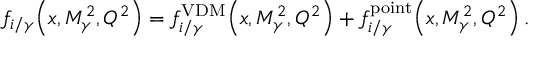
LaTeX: f _ { i / \gamma } \! \left( x , M _ { \gamma } ^ { 2 } , Q ^ { 2 } \right) = f _ { i / \gamma } ^ { \mathrm { V D M } } \! \left( x , M _ { \gamma } ^ { 2 } , Q ^ { 2 } \right) + f _ { i / \gamma } ^ { \mathrm { p o i n t } } \! \left( x , M _ { \gamma } ^ { 2 } , Q ^ { 2 } \right) .